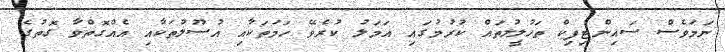
ނަމަވެސް ސައިންޓިފިކް ތަހުލީލުތައް ކުރުމުގައި އަމަލު ކުރެވޭ ހަމަތަކާއި އުސޫލުތަކާއި އެއްގޮތްވާ ގޮތުގެ